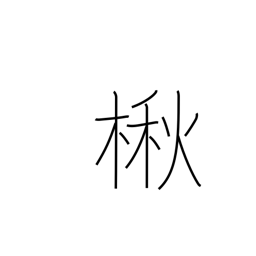
Meaning: Japanese catalpa